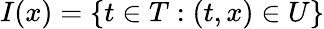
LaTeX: I(x)=\{ t\in T:(t,x)\in U\}